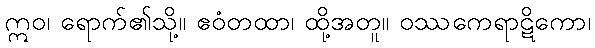
ဣဝ၊ ရောက်၏သို့။ ဧဝံတထာ၊ ထို့အတူ။ ဝဿကေရာဋိကော၊